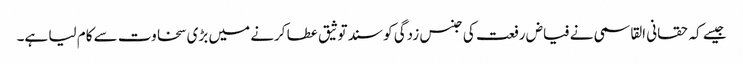
جیسے کہ حقانی القاسمی نے فیاض رفعت کی جنس زدگی کو سند توثیق عطا کرنے میں بڑی سخاوت سے کام لیا ہے۔